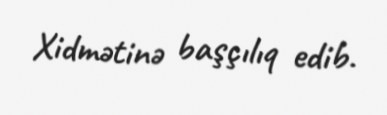
Xidmətinə başçılıq edib.